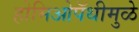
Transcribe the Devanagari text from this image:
होमिओपॅथीमुळे